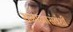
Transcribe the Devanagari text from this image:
समाजासंबंधी